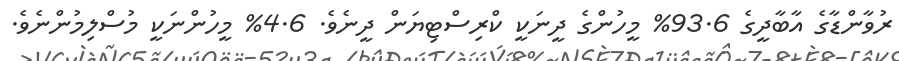
ރުވާންޑާގެ އާބާދީގެ 93.6% މީހުންގެ ދީނަކީ ކްރިސްޓިޔަން ދީނެވެ. 4.6% މީހުންނަކީ މުސްލިމުންނެވެ.